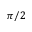
\pi / 2